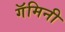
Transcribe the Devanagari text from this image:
गॅमिनी